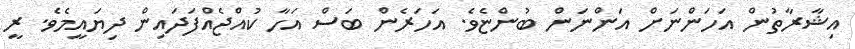
އިޝާރާތުން އަހަންނަށް އަންނަން ބުންޏެވެ. އަހަރެން ބަސް އަހާ ކުއްޖެއްފަދައިން ދިޔައީމެވެ. ރީ